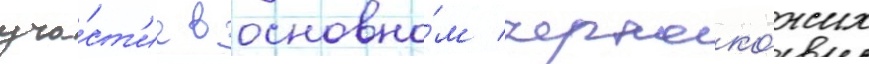
уча́ст'ие в основно́м черноко́жих